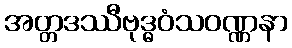
အတ္တဒဿီဗုဒ္ဓဝံသဝဏ္ဏနာ